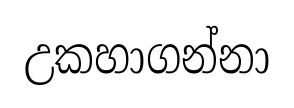
උකහාගන්නා